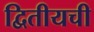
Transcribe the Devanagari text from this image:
द्वितीयची